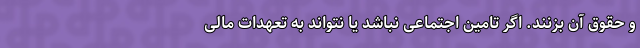
و حقوق آن بزنند. اگر تامین اجتماعی نباشد یا نتواند به تعهدات مالی